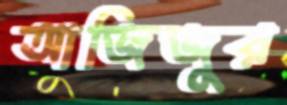
আজিজুর